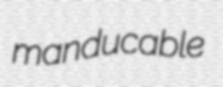
manducable